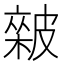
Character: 𥀏